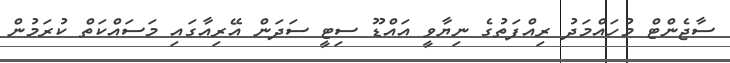
ސާޖެންޓް މުހައްމަދު ރިއްފަތުގެ ނިޔާވީ އައްޑޫ ސިޓީ ސަދަން އޭރިއާގައި މަސައްކަތް ކުރަމުން